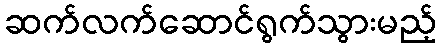
ဆက်လက်ဆောင်ရွက်သွားမည့်